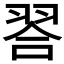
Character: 𮋁